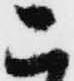
こ